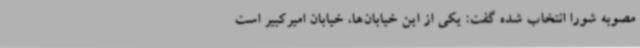
مصوبه شورا انتخاب شده گفت: یکی از این خیابان‌ها، خیابان امیرکبیر است